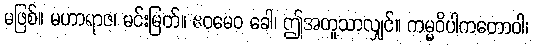
မဖြစ်။ မဟာရာဇ၊ မင်းမြတ်။ ဧဝမေဝ ခေါ၊ ဤအတူသာလျှင်။ ကမ္မဝိပါကတောဝါ၊